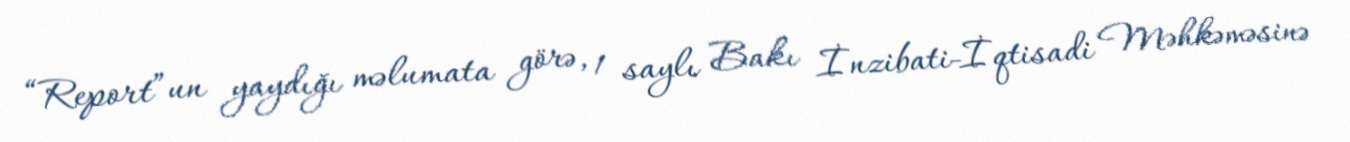
“Report”un yaydığı məlumata görə, 1 saylı Bakı İnzibati-İqtisadi Məhkəməsinə